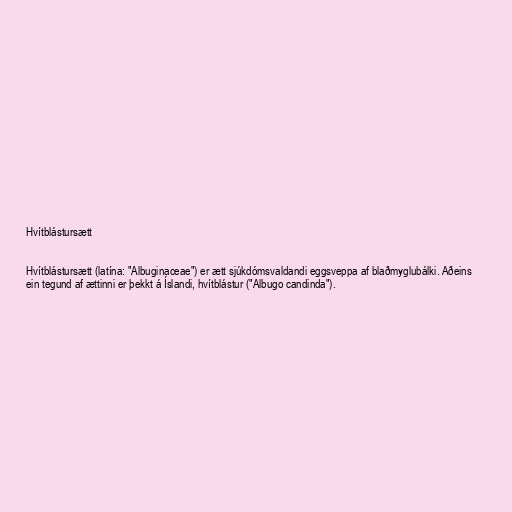
Hvítblástursætt

Hvítblástursætt (latína: "Albuginaceae") er ætt sjúkdómsvaldandi eggsveppa af blaðmyglubálki. Aðeins
ein tegund af ættinni er þekkt á Íslandi, hvítblástur ("Albugo candinda").